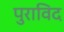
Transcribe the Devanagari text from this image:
पुराविद